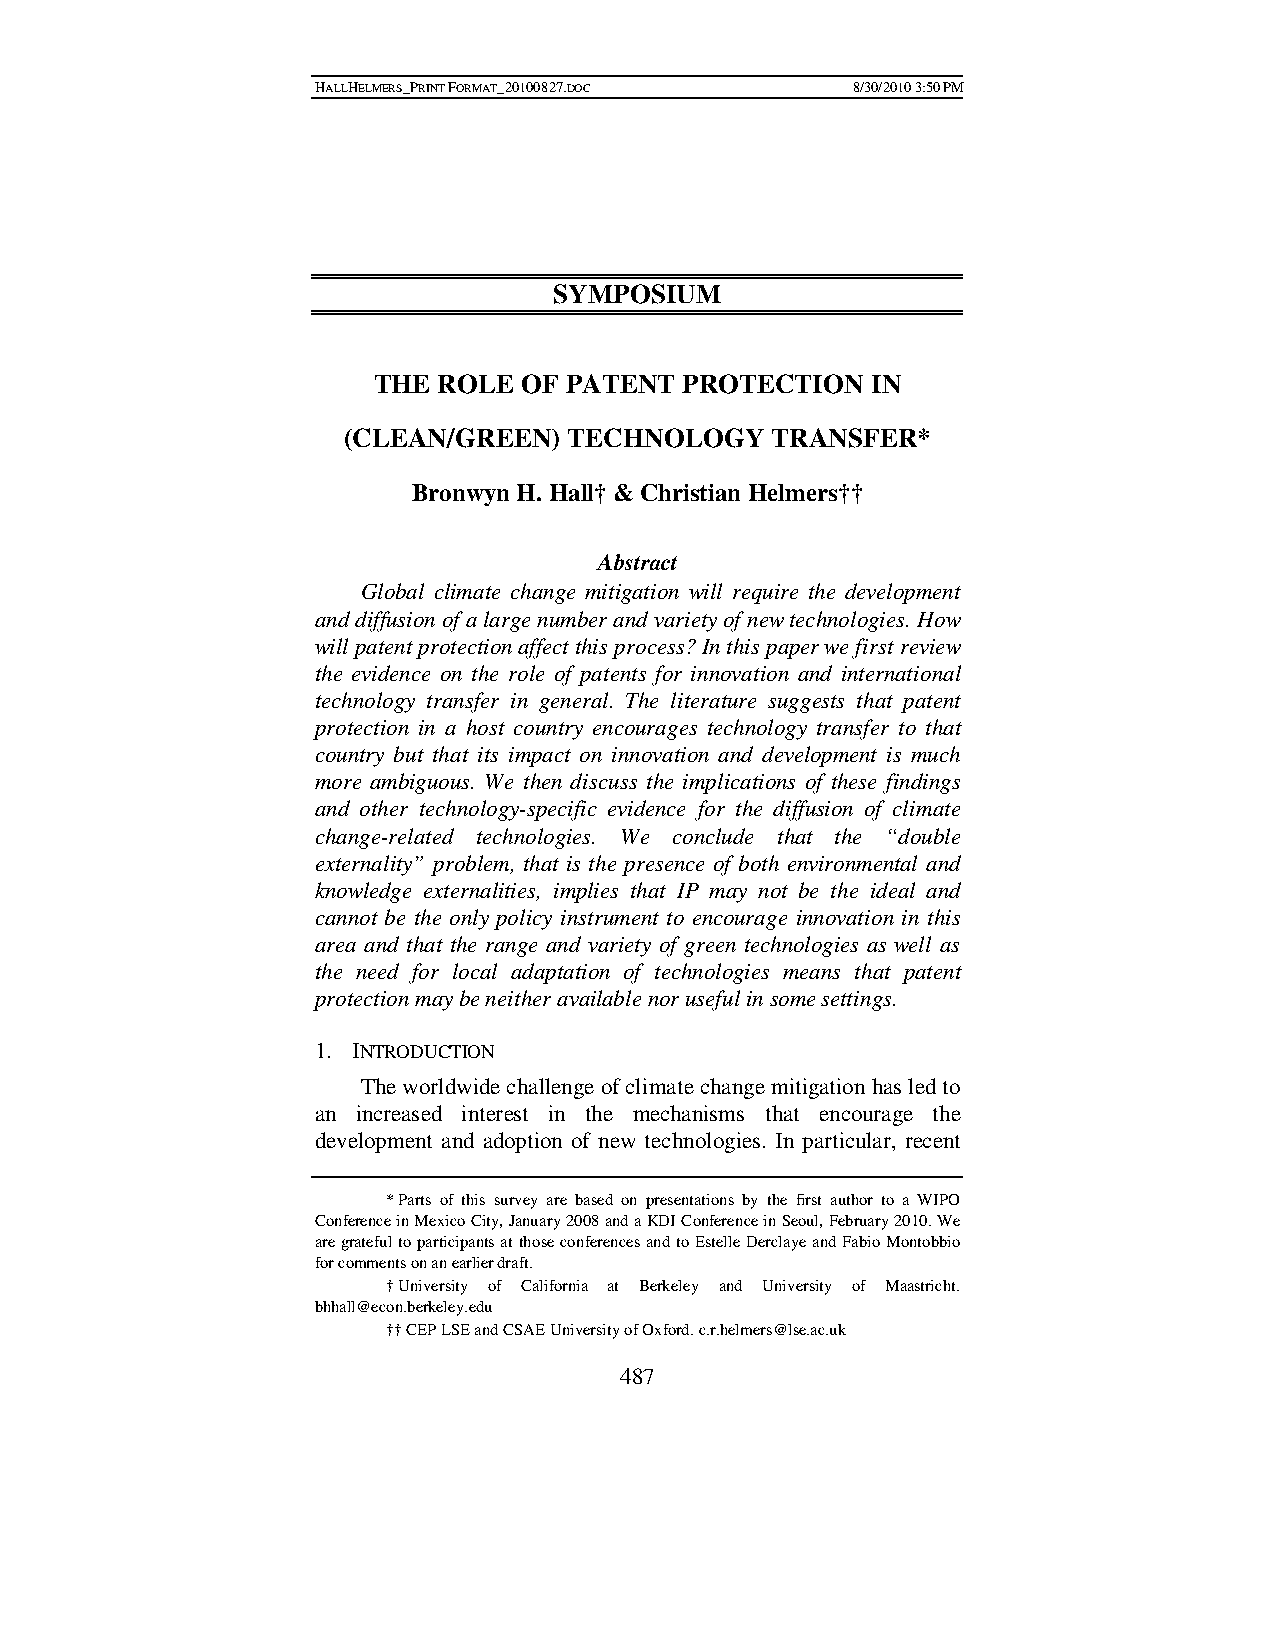
HALLHELMERS_PRINT FORMAT_20100827.DOC 8/30/2010 3:50 PM
 SYMPOSIUM
 THE ROLE OF PATENT  PROTECTION   IN
 (CLEAN/GREEN)  TECHNOLOGY   TRANSFER*
 Bronwyn H. Hall† & Christian Helmers††
 Abstract
 Global climate change mitigation will require the development
 and diffusion of a large number and variety of new technologies. How
 will patent protection affect this process? In this paper we first review
 the evidence on the role of patents for innovation and international
 technology transfer in general. The literature suggests that patent
 protection in a host country encourages technology transfer to that
 country but that its impact on innovation and development is much
 more ambiguous. We then discuss the implications of these findings
 and other technology-specific evidence for the diffusion of climate
 change-related technologies. We conclude that the “double
 externality” problem, that is the presence of both environmental and
 knowledge externalities, implies that IP may not be the ideal and
 cannot be the only policy instrument to encourage innovation in this
 area and that the range and variety of green technologies as well as
 the need for local adaptation of technologies means that patent
 protection may be neither available nor useful in some settings.
 1. INTRODUCTION
 The worldwide challenge of climate change mitigation has led to
 an increased interest in the mechanisms that encourage the
 development and adoption of new technologies. In particular, recent
 * Parts of this survey are based on presentations by the first author to a WIPO
 Conference in Mexico City, January 2008 and a KDI Conference in Seoul, February 2010. We
 are grateful to participants at those conferences and to Estelle Derclaye and Fabio Montobbio
 for comments on an earlier draft.
 † University of California at Berkeley and University of Maastricht.
 bhhall@econ.berkeley.edu
 †† CEP LSE and CSAE University of Oxford. c.r.helmers@lse.ac.uk
 487